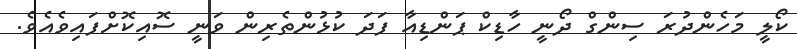
ކޯލީ މަހެންދުރަ ސިންގް ދޯނީ ހާޑިކް ޕަންޑިއާ ފަދަ ކުޅުންތެރިން ވަނީ ސޮއިކޮށްފައިވެއެވެ.